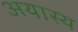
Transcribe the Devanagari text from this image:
अयास्य